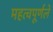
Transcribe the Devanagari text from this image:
महत्वपूर्णले